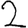
Digit: 2